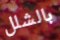
بالشلل